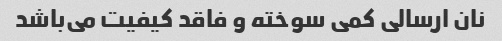
نان ارسالی کمی سوخته و فاقد کیفیت می‌باشد